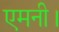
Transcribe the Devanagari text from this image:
एमनी।